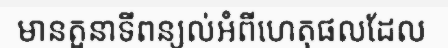
មានតួនាទីពន្យល់អំពីហេតុផលដែល